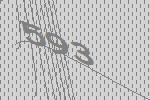
593